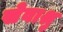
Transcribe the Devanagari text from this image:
सेवाश्रु